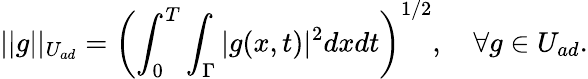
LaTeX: ||g||_{U_{ad}}=\left(\int_{0}^{T}\int_{\Gamma}|g(x,t)|^{2}dxdt\right)^{1/2},\quad\forall g\in U_{ad}.